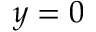
y = 0